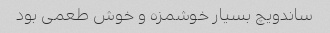
ساندویچ بسیار خوشمزه و خوش طعمی بود